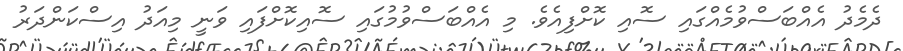
ދެމެދު އެއްބަސްވުމެއްގައި ސޮއި ކޮށްފިއެވެ. މި އެއްބަސްވުމުގައި ސޮއިކޮށްފައި ވަނީ މިއަދު އިސްކަންދަރު